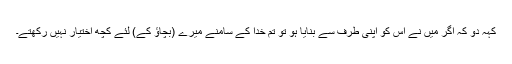
کہہ دو کہ اگر میں نے اس کو اپنی طرف سے بنایا ہو تو تم خدا کے سامنے میرے (بچاؤ کے) لئے کچھ اختیار نہیں رکھتے۔